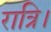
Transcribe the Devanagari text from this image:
रात्रि।